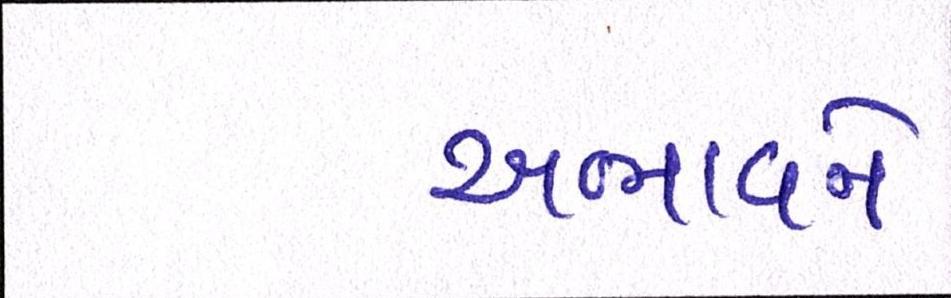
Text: અભાવને